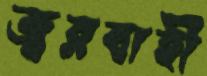
জ্বরবাহী